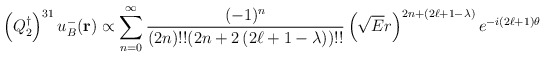
\begin{align*}\left( Q_{2}^\dagger \right)^{31} u_B^- ({\bf r}) \propto \sum_{n=0}^\infty{ (-1)^n \over (2 n)!! (2n + 2 \left( 2 \ell +1 - \lambda \right))!!} \left( \sqrt{E} r\right)^{2n + \left( 2 \ell +1 - \lambda \right)} e^{-i \left( 2 \ell +1 \right) \theta}\end{align*}